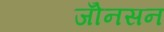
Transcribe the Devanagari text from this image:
जोँनसन